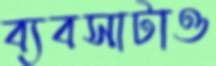
ব্যবসাটাও